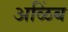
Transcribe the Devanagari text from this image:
अळिंब